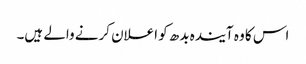
اس کا وہ آیندہ بدھ کو اعلان کرنے والے ہیں۔